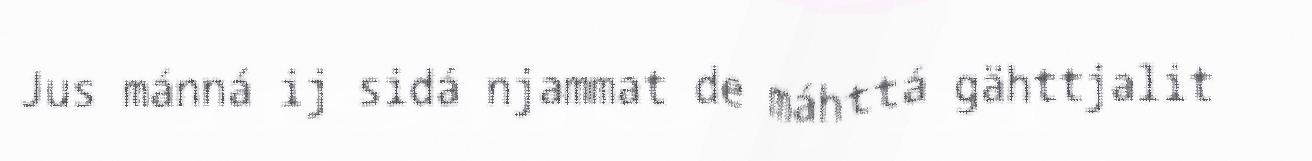
Jus mánná ij sidá njammat de máhttá gähttjalit